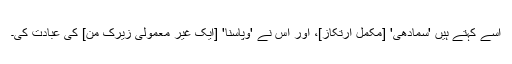
اسے کہتے ہیں 'سمادھی' [مکمل ارتکاز]، اور اس نے 'وپاسنا' [ایک غیر معمولی زیرک من] کی عبادت کی۔